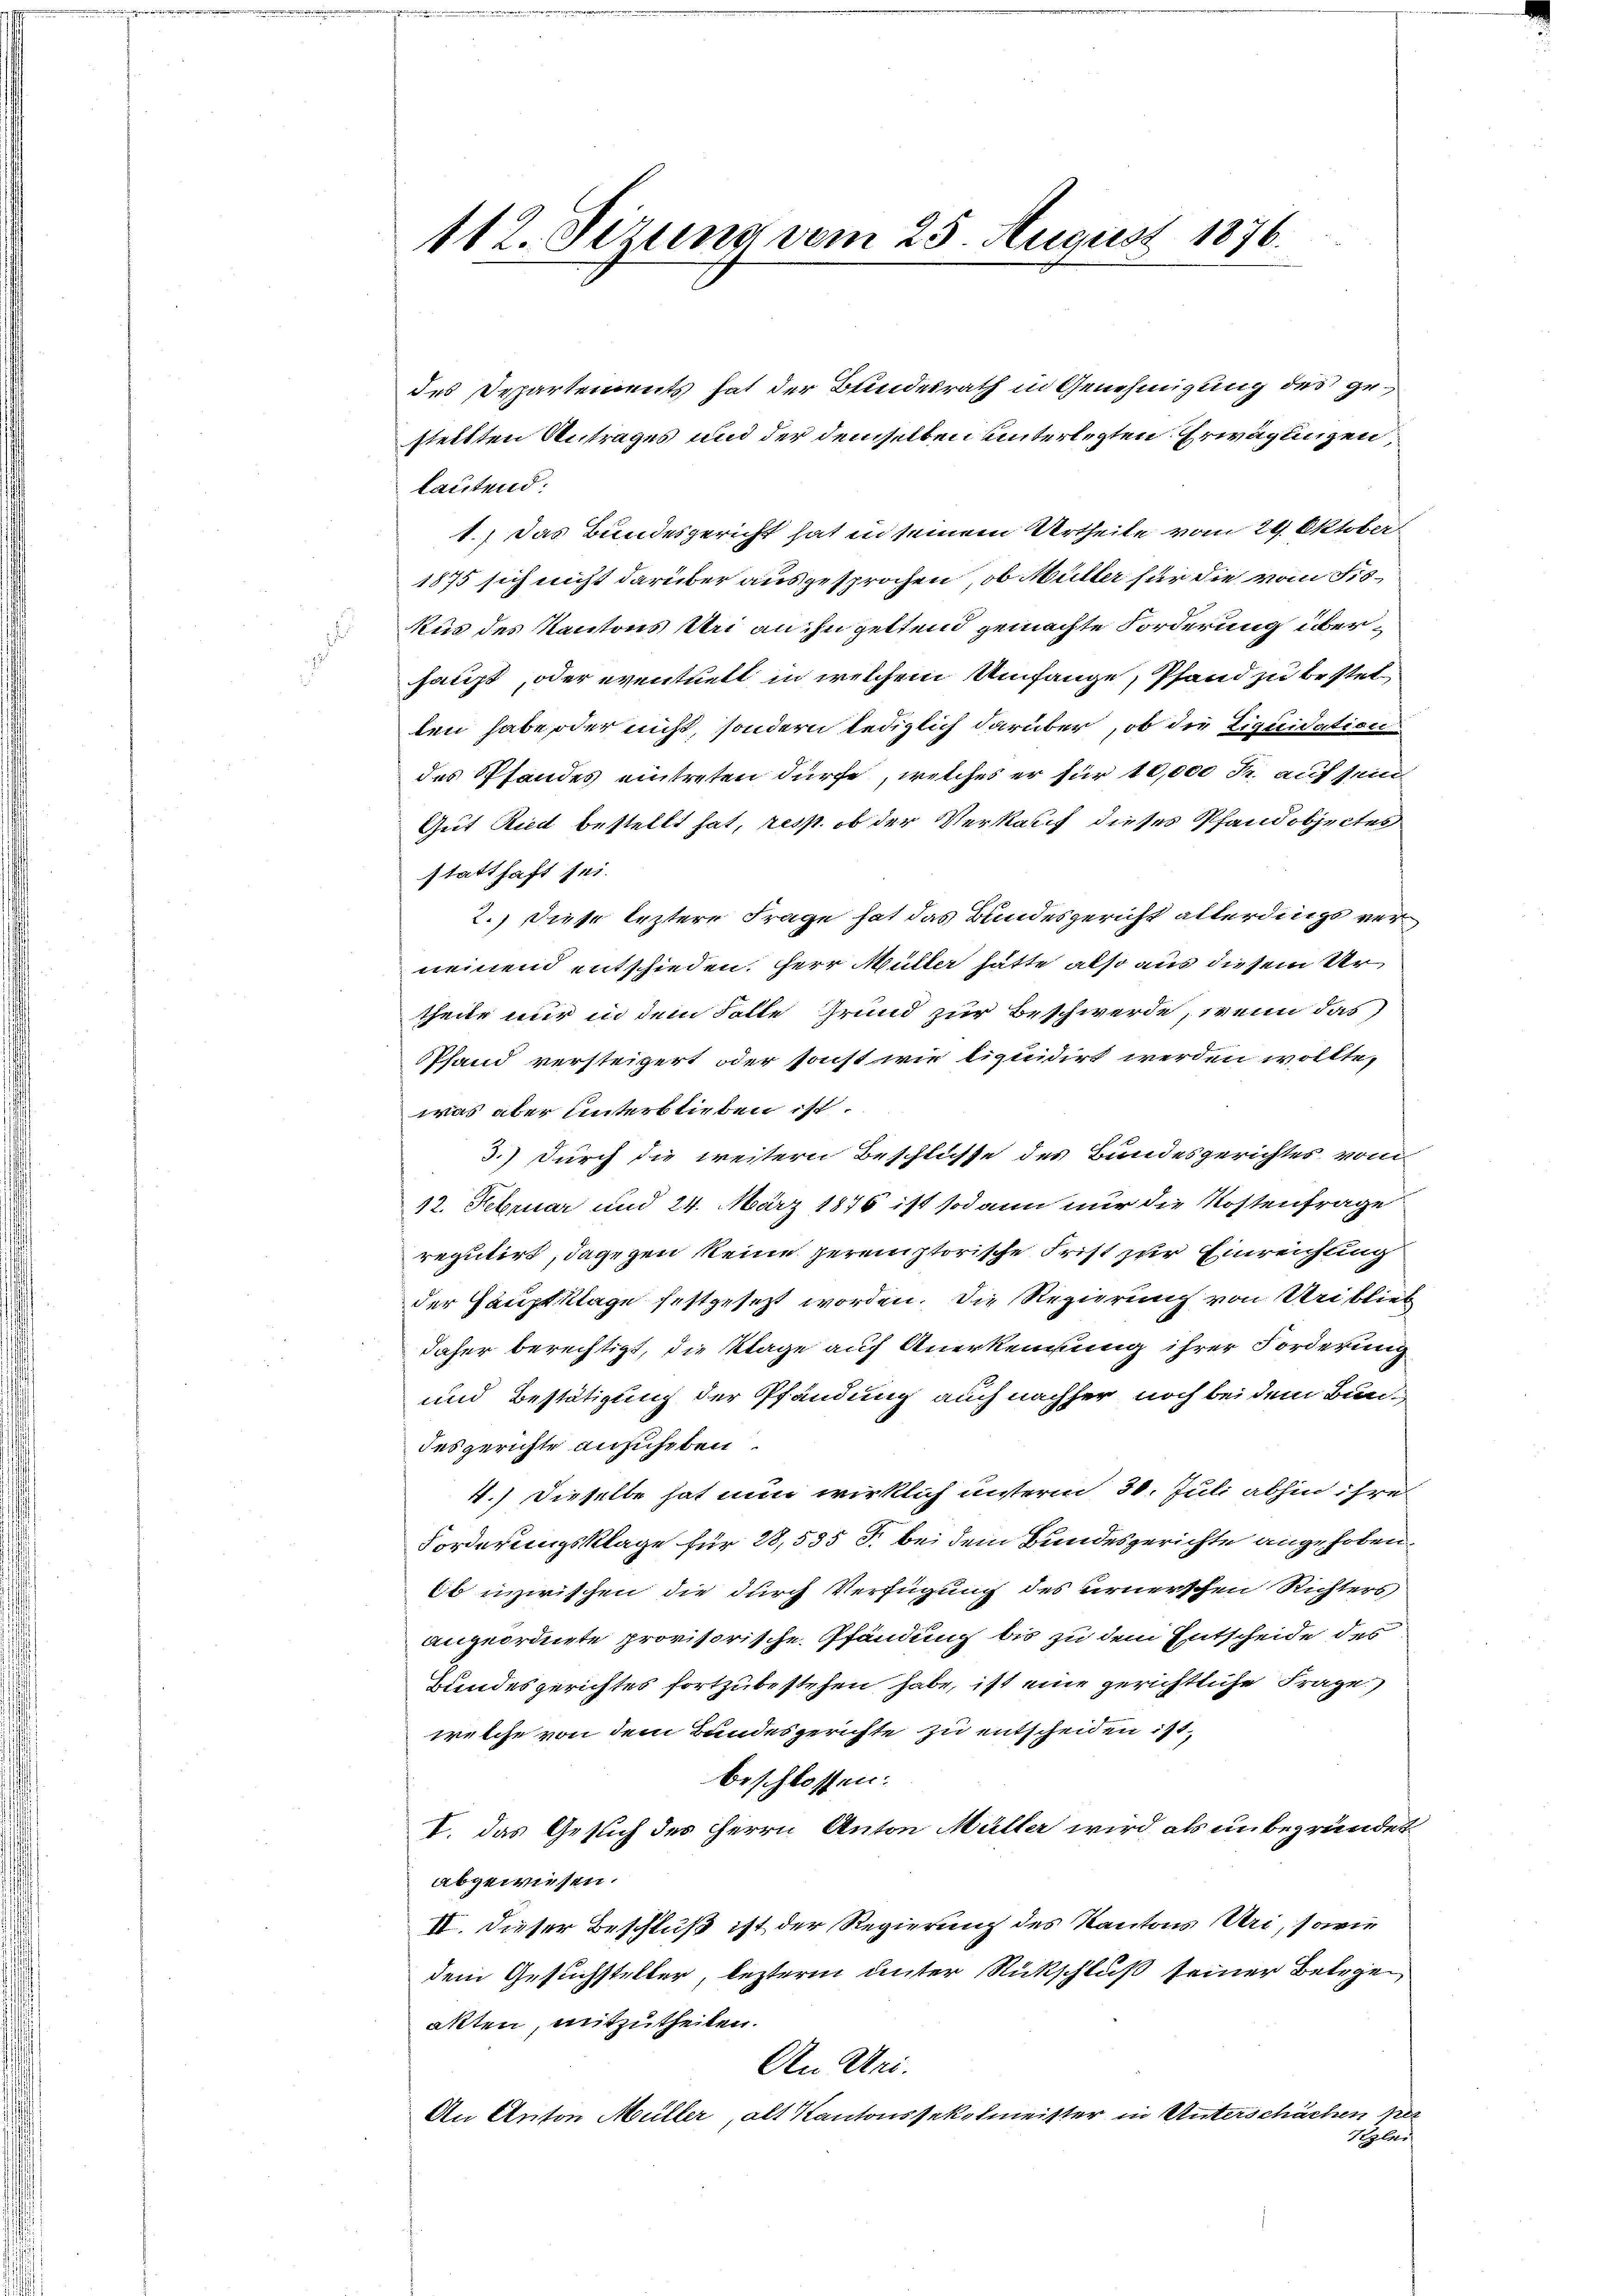
112. Sizung vom 25. August 1876.

des Departements hat der Bundesrath in Genehmigung des gestellten Antrages und der demselben unterlegten Erwägungen,
lautend:
1.) Das Bundesgericht hat in seinem Urtheile vom 29. Oktober.
1875 sich nicht darüber ausgesprochen, ob Müller für die vom Fis¬
Rus des Kantons Uri an ihn geltend gemachte Forderung überhaupt, oder eventuelt in welchem Umfange, Pfand zu bestellen habe oder nicht, sondern lediglich darüber, ob die Liquidation
des Pfandes eintreten dürfe, welches er für 10,000 Fr. auf sein
Gut Riedt bestellt hat, resp. ob der Verkauf dieses Pfandobjectes
statthaft sei.
2.) Diese leztere Frage hat das Bundesgericht allerdings verneinend entschieden. Herr Müller hätte also aus diesem Urtheile nur in dem Falte Grund zur Beschwerde, wenn das
PPfand versteigert oder sonst wie liquidirt werden wollte,
was aber unterblieben ist.
3.) Durch die weitern Beschlüsse des Bundesgerichtes vom
12. Februar und 24. März 1876 ist sodann nur die Kostenfrage
reputirt, dagegen keine peremptorische Frist zur Einreichung
der Hauptklage festgesezt worden. Die Regierung von Uri blieb
daher berechtigt, die Klage auf Anerkennung ihrer Forderung
und Bestätigung der Pfändung auch nachher noch bei dem Bundesgerichte ansucheten.
4.) Dieselbe hat nun wirklich unterm 30. Juli abhin ihre
Forderungsklage für 28,535 J. bei dem Bundesgerichte angehoben.
b inzwischen die durch Verfügung des ernerschen Richters,
angeordnete provisorische Pfändung bis zu dem Entscheide des
Bundesgerichtes fortzubestehen habe, ist eine gerichtliche Frage
welche von dem Bundesgerichte zu entscheiden ist.
beschlossen:
V. das Gesuch des Herrn Anton Müller wird als unbegründet
abgewiesen.
II. Dieser Beschluß ist der Regierung des Kantons Uri, sowie
dem Gesuchsteller, lezterm unter Rückschluß seiner Belegen
akten, mitzutheilen.
An Uri.
An Anton Müller, alt Kantonssekolmeister in Unterschächen per
Kzlei